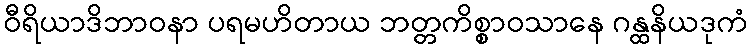
ဝီရိယာဒိဘာဝနာ ပရမဟိတာယ ဘတ္တကိစ္စာဝသာနေ ဂန္ထနိယဒုကံ